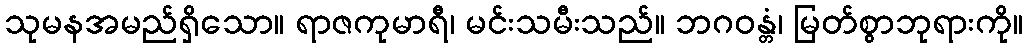
သုမနအမည်ရှိသော။ ရာဇကုမာရီ၊ မင်းသမီးသည်။ ဘဂဝန္တံ၊ မြတ်စွာဘုရားကို။